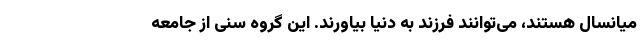
میانسال هستند، می‌توانند فرزند به دنیا بیاورند. این گروه سنی از جامعه